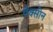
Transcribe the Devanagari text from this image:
वैक्‍सीन